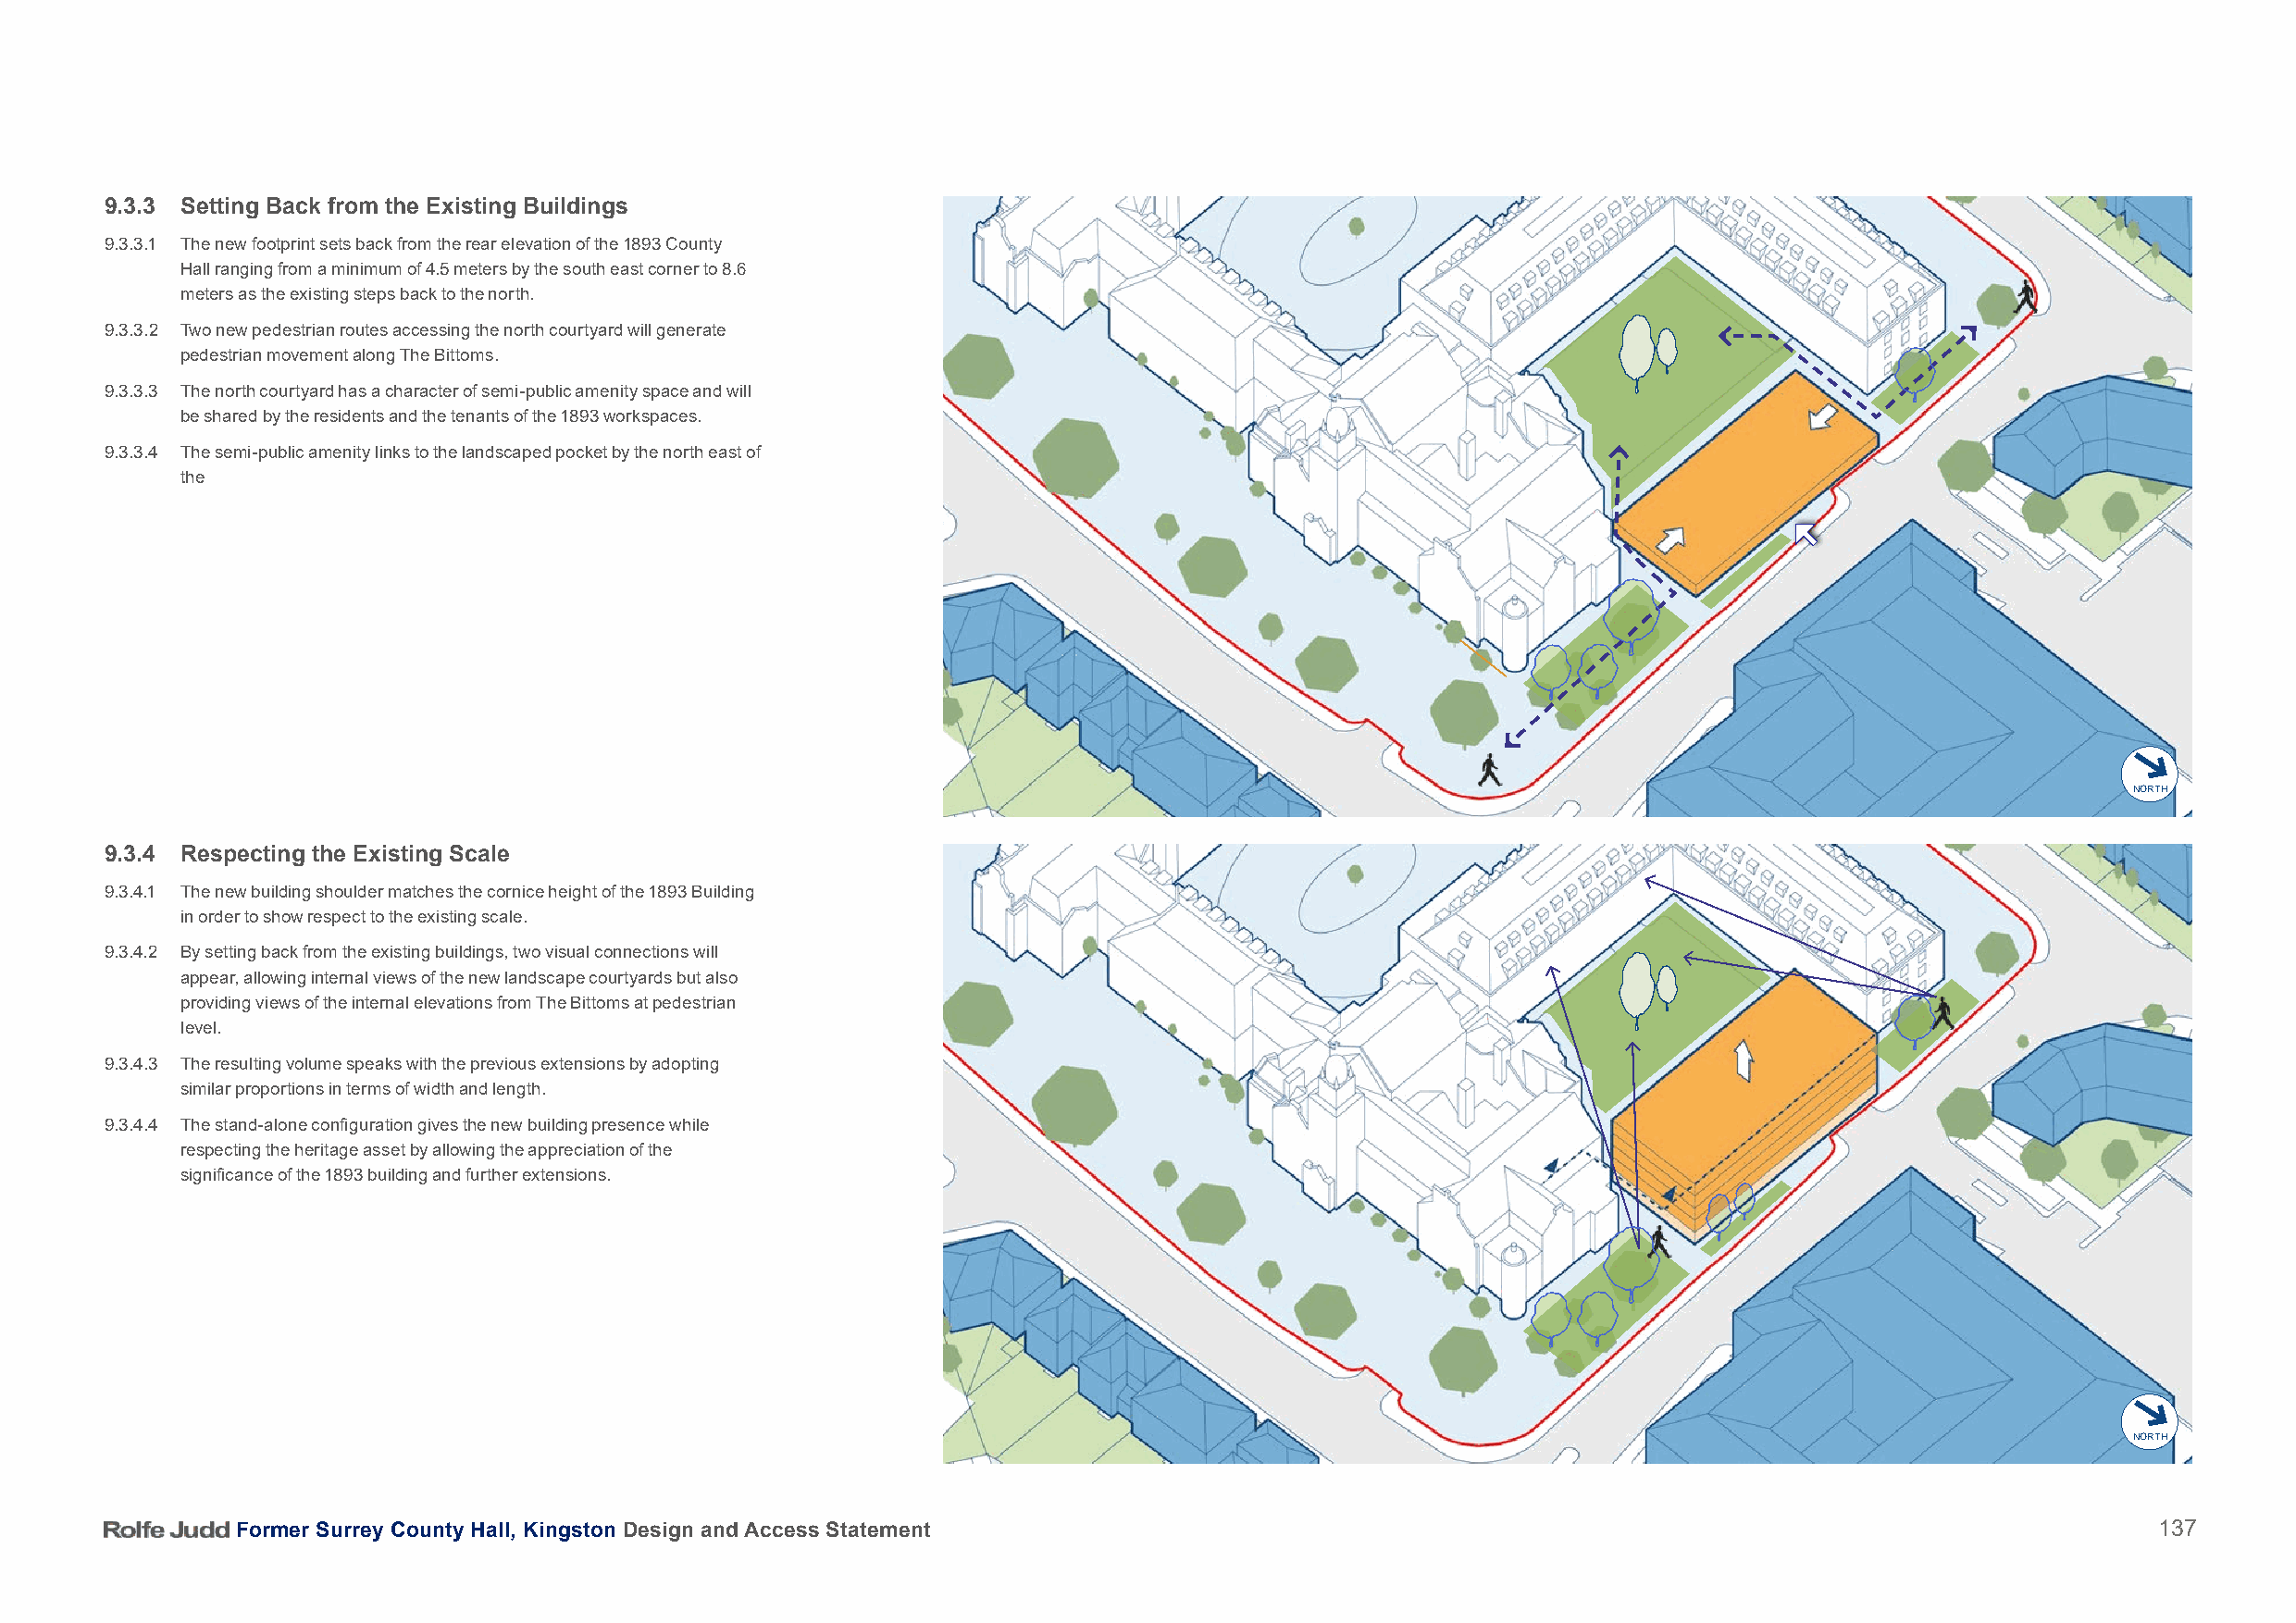
9.3.3 Setting Back from the Existing Buildings
 9.3.3.1 The new footprint sets back from the rear elevation of the 1893 County
 Hall ranging from a minimum of 4.5 meters by the south east corner to 8.6
 meters as the existing steps back to the north.
 9.3.3.2 Two new pedestrian routes accessing the north courtyard will generate
 pedestrian movement along The Bittoms.
 9.3.3.3 The north courtyard has a character of semi-public amenity space and will
 be shared by the residents and the tenants of the 1893 workspaces.
 9.3.3.4 The semi-public amenity links to the landscaped pocket by the north east of
 the
 NORTH
 9.3.4 Respecting the Existing Scale
 9.3.4.1 The new building shoulder matches the cornice height of the 1893 Building
 in order to show respect to the existing scale.
 9.3.4.2 By setting back from the existing buildings, two visual connections will
 appear, allowing internal views of the new landscape courtyards but also
 providing views of the internal elevations from The Bittoms at pedestrian
 level.
 9.3.4.3 The resulting volume speaks with the previous extensions by adopting
 similar proportions in terms of width and length.
 9.3.4.4 The stand-alone configuration gives the new building presence while
 respecting the heritage asset by allowing the appreciation of the
 significance of the 1893 building and further extensions.
 NORTH
 Former Surrey County Hall, Kingston Design and Access Statement                                                                          137